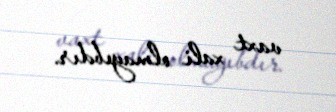
vaxt xali olmayıbdır.